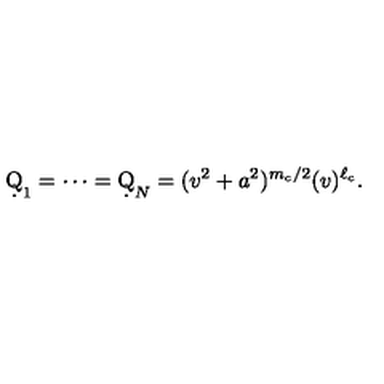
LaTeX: \d Q _ { 1 } = \cdots = \d Q _ { N } = ( v ^ { 2 } + a ^ { 2 } ) ^ { m _ { c } / 2 } ( v ) ^ { \ell _ { c } } .